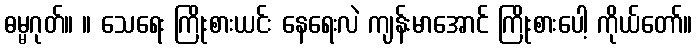
ဓမ္မဂုတ်။ ။ သေရေး ကြိုးစားယင်း နေရေးလဲ ကျန်းမာအောင် ကြိုးစားပေါ့ ကိုယ်တော်။